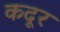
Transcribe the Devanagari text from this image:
कदूर